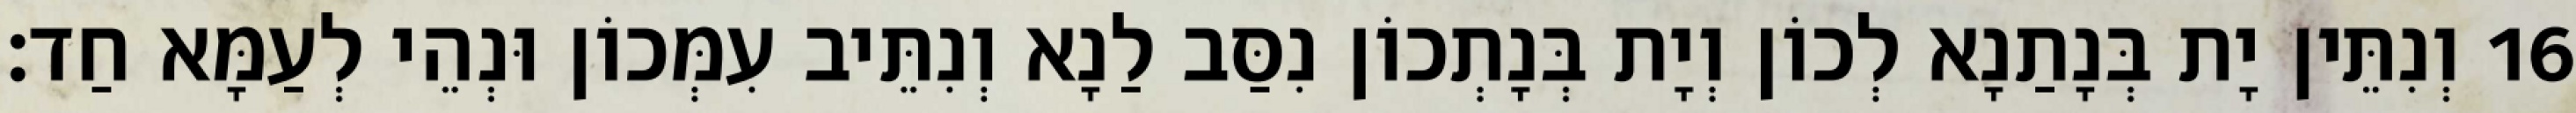
16 וְנִתֵּין יָת בְּנָתַנָא לְכוֹן וְיָת בְּנָתְכוֹן נִסַּב לַנָא וְנִתֵּיב עִמְּכוֹן וּנְהֵי לְעַמָּא חַד׃